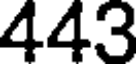
443